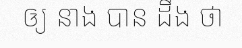
ឲ្យ នាង បាន ដឹង ថា